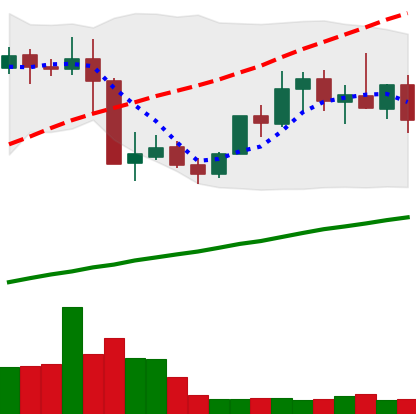
Ticker: XMR-USD
Chart end date: 2019-05-09
Forward return: 28.426%
Label: up_7plus